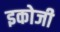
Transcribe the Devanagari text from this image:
इकोजी